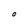
Character: O